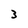
Character: 3